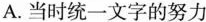
A.当时统一文字的努力